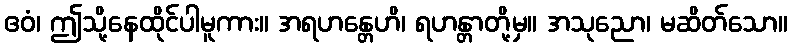
ဧဝံ၊ ဤသို့နေထိုင်ပါမူကား။ အရဟန္တေဟိ၊ ရဟန္တာတို့မှ။ အသုညော၊ မဆိတ်သော။